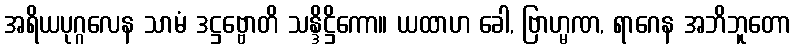
အရိယပုဂ္ဂလေန သာမံ ဒဋ္ဌဗ္ဗောတိ သန္ဒိဋ္ဌိကော။ ယထာဟ ခေါ, ဗြာဟ္မဏ, ရာဂေန အဘိဘူတော